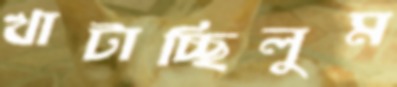
খাটাচ্ছিলুম